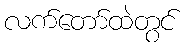
လက်တော်ထဲတွင်